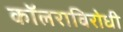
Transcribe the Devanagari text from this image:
कॉलराविरोधी